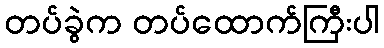
တပ်ခွဲက တပ်ထောက်ကြီးပါ